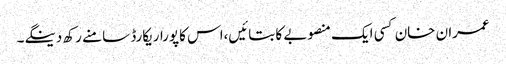
عمران خان کسی ایک منصوبے کا بتائیں،اس کاپوراریکارڈ سامنے رکھ دینگے۔